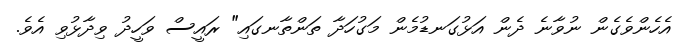
އެހެންވެގެން ނުވާނެ ދެން އަޅުގަނޑުމެން މަގުހަދާ ތަންތާނގައި" ރައީސް ވަހީދު ވިދާޅުވި އެވެ.